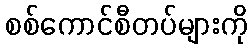
စစ်ကောင်စီတပ်များကို